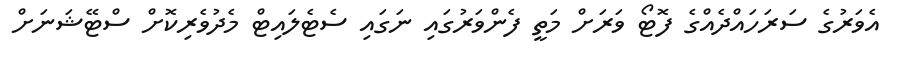
އެވަރުގެ ސަރަހައްދެއްގެ ފޮޓޯ ވަރަށް މަތީ ފެންވަރުގައި ނަގައި ސެޓެލައިޓް މެދުވެރިކޮށް ސްޓޭޝަނަށް